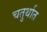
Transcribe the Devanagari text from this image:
चतुर्थात